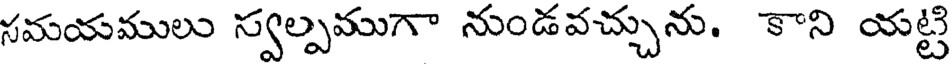
సమయములు స్వల్పముగా నుండవచ్చును. కాని యట్టి